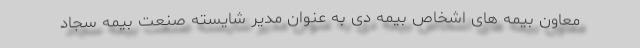
معاون بیمه های اشخاص بیمه دی به عنوان مدیر شایسته صنعت بیمه سجاد